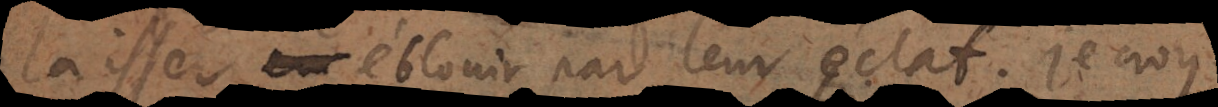
laisser éblouir par leur éclat. Je croy